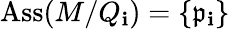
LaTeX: \operatorname{Ass}(M/Q_{\mathbf{i}})=\{ {\mathfrak{{p}}}_{\mathbf{i}}\}